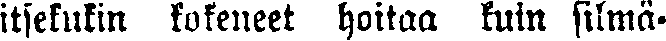
itsekukin kokeneet hoitaa kuin silmä-